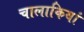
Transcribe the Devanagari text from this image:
चालाकियां